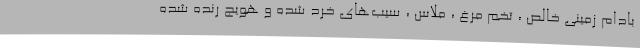
بادام زمینی خالص ، تخم مرغ ، ملاس ، سیب­های خرد شده و هویج رنده شده